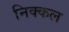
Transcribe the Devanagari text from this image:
निक्कल